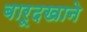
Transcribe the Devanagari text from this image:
बारूदखाने